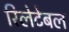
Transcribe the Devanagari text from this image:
रिलेटेबल